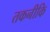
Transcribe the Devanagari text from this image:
तकनीकि